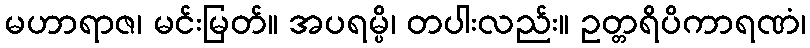
မဟာရာဇ၊ မင်းမြတ်။ အပရမ္ပိ၊ တပါးလည်း။ ဥတ္တရိပိကာရဏံ၊